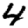
Digit: 4